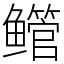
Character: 鳤